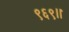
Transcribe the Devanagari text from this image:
९६९।।